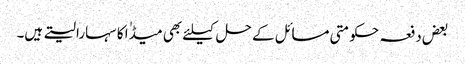
بعض دفعہ حکومتی مسائل کے حل کیلئے بھی میڈٰا کا سہارا لیتے ہیں۔